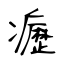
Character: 癧